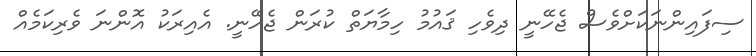
ސިފައިންނަކަށްވެސް ޖެހޭނީ ދިވެހި ޤައުމު ހިމާޔަތް ކުރަން ޖެހޭނީ. އެއިރަކު އޮންނަ ވެރިކަމެއް